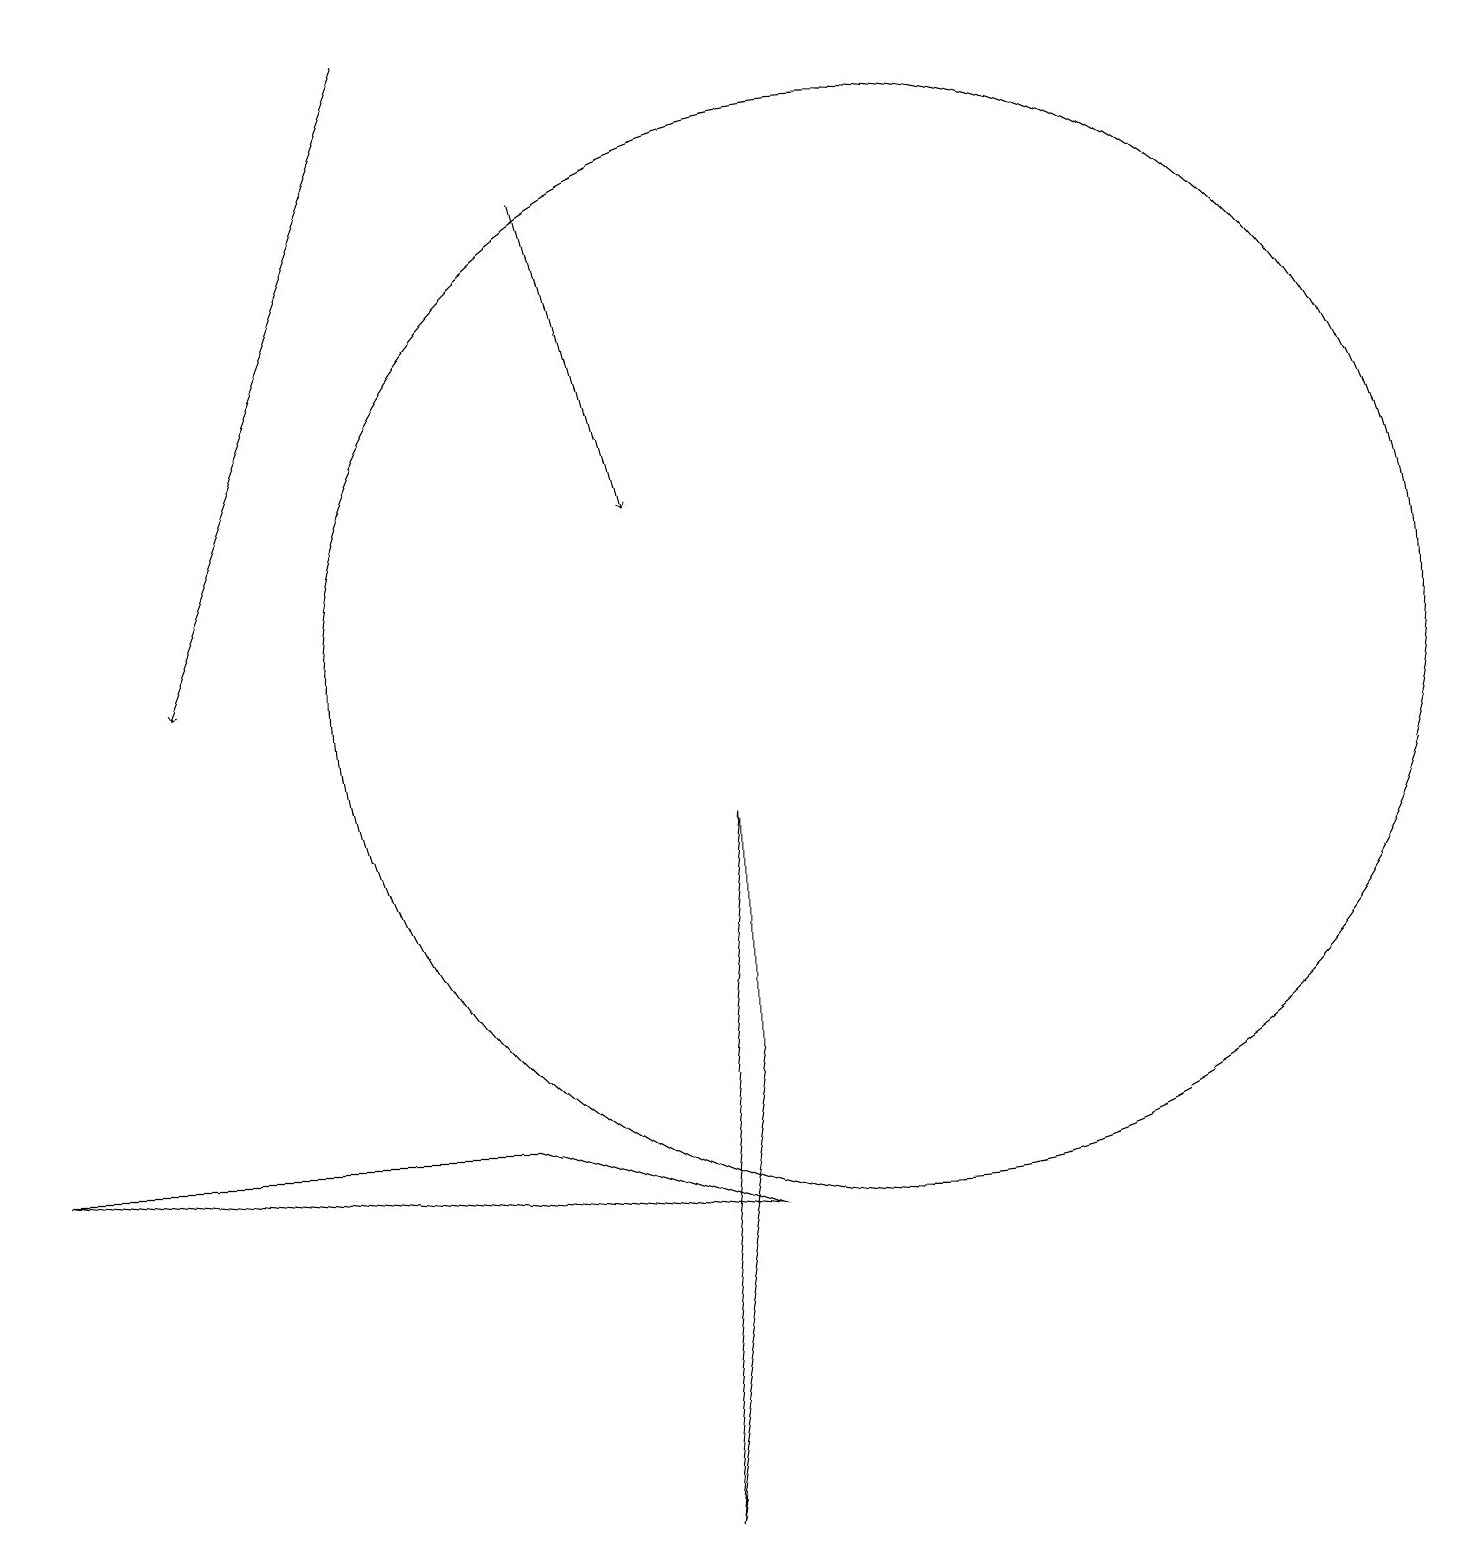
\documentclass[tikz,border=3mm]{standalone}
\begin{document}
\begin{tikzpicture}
\draw (11,11) circle (7);
\draw[->] (7,17) -- (8,13);
\draw (9,6) -- (9,9) -- (8,0) -- cycle;
\draw[->] (5,19) -- (2,11);
\draw (6,5) -- (9,4) -- (0,5) -- cycle;
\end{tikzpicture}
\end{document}